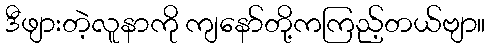
ဒီဖျားတဲ့လူနာကို ကျနော်တို့ကကြည့်တယ်ဗျာ။